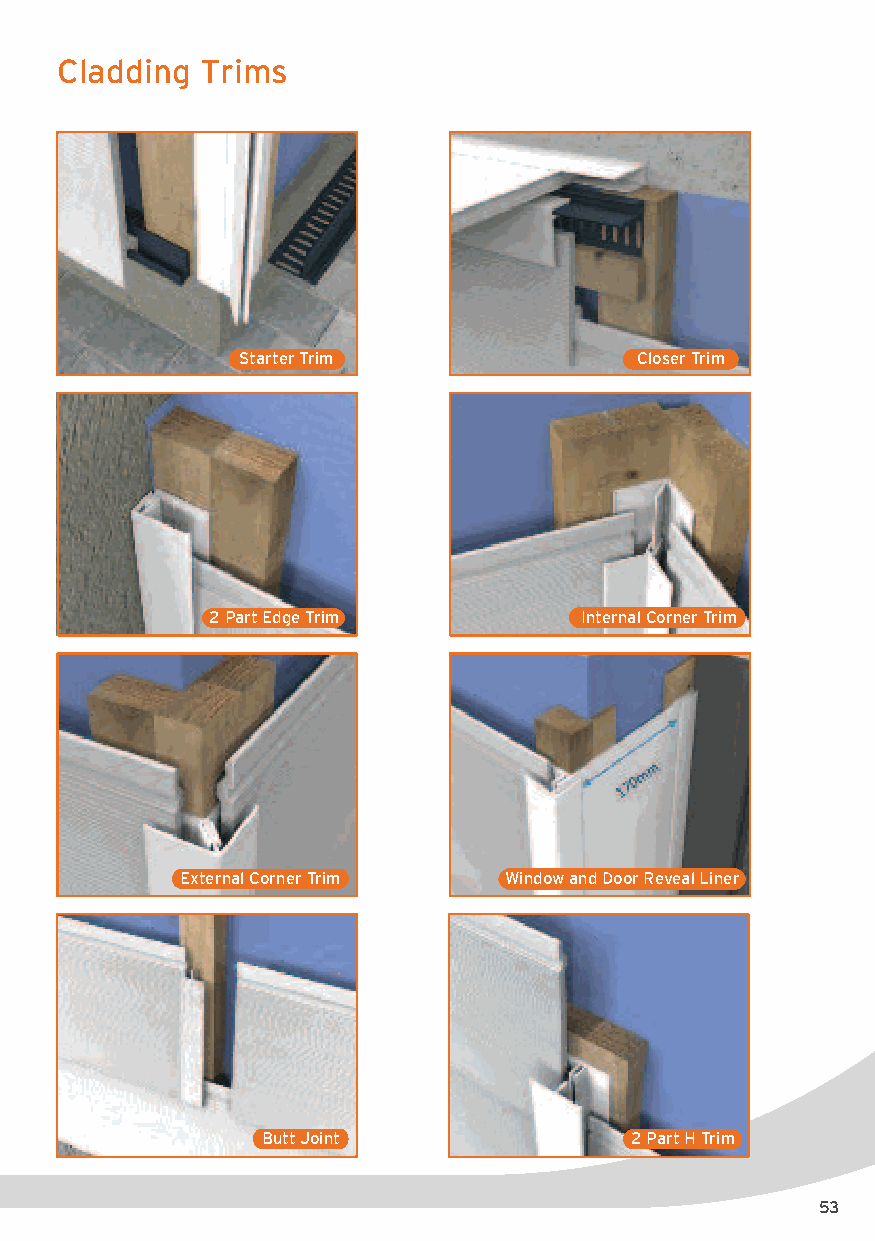
Cladding  Trims
 Starter Trim              Closer Trim
 2 Part Edge Trim         Internal Corner Trim
 External Corner Trim  Window and Door Reveal Liner
 Butt Joint              2 Part H Trim
 53